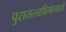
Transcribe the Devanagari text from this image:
पुरातत्त्वविभागाचे